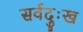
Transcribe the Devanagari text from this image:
सर्वदुःख